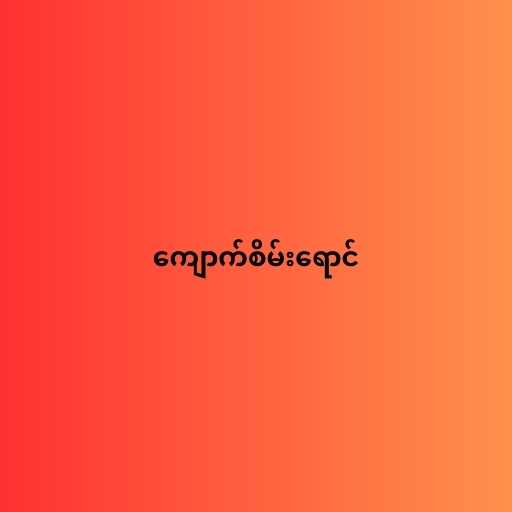
ကျောက်စိမ်းရောင်